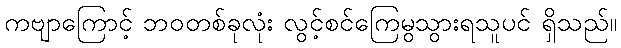
ကဗျာကြောင့် ဘဝတစ်ခုလုံး လွင့်စင်ကြေမွသွားရသူပင် ရှိသည်။